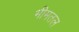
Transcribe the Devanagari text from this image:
भीमतल